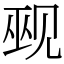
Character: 觋